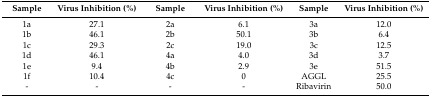
| Sample | Virus Inhibition (%) | Sample | Virus Inhibition (%) | Sample | Virus Inhibition (%) |
 | --- | --- | --- | --- | --- | --- |
 | 1a | 27.1 | 2a | 6.1 | 3a | 12.0 |
 | 1b | 46.1 | 2b | 50.1 | 3b | 6.4 |
 | 1c | 29.3 | 2c | 19.0 | 3c | 12.5 |
 | 1d | 46.1 | 4a | 4.0 | 3d | 3.7 |
 | 1e | 9.4 | 4b | 2.9 | 3e | 51.5 |
 | 1f | 10.4 | 4c | 0 | AGGL | 25.5 |
 | - | - | - | - | Ribavirin | 50.0 |